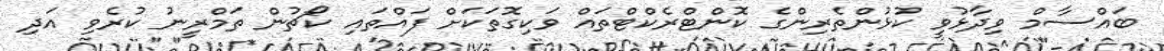
ބައްސާމް ވިދާޅުވީ ކުޅުންތެރިންގެ ކޮންޓްރެކްޓްތައް ވަކިގޮތަކަށް ފައްތައި ކޯޗުން ތަމްރީނު ކުރެވި އަދި